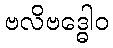
ဗလိဗဒ္ဓေါဝ